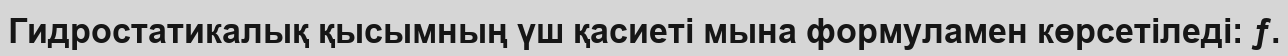
Гидростатикалық қысымның үш қасиеті мына формуламен көрсетіледі: ƒ.